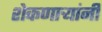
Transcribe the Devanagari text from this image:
शेकणार्‍यांनी